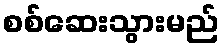
စစ်ဆေးသွားမည်